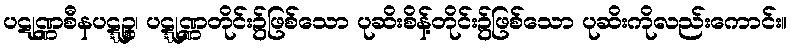
ပဋုဏ္ဏစီနပဋ္ဋဉ္စ၊ ပဋ္ဋုဏ္ဏတိုင်း၌ဖြစ်သော ပုဆိးစိန့်တိုင်း၌ဖြစ်သော ပုဆိးကိုလည်းကောင်း။